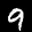
Label: 9